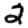
Digit: 2